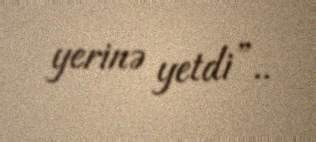
yerinə yetdi”..